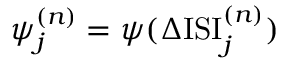
\psi _ { j } ^ { ( n ) } = \psi ( \Delta \mathrm { I S I } _ { j } ^ { ( n ) } )